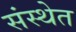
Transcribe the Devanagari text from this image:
संस्‍थेत